Annual report on the Civil Veterinary Department, Burma (including the Insein Veterinary School) - 1932-1941
Year: 1932
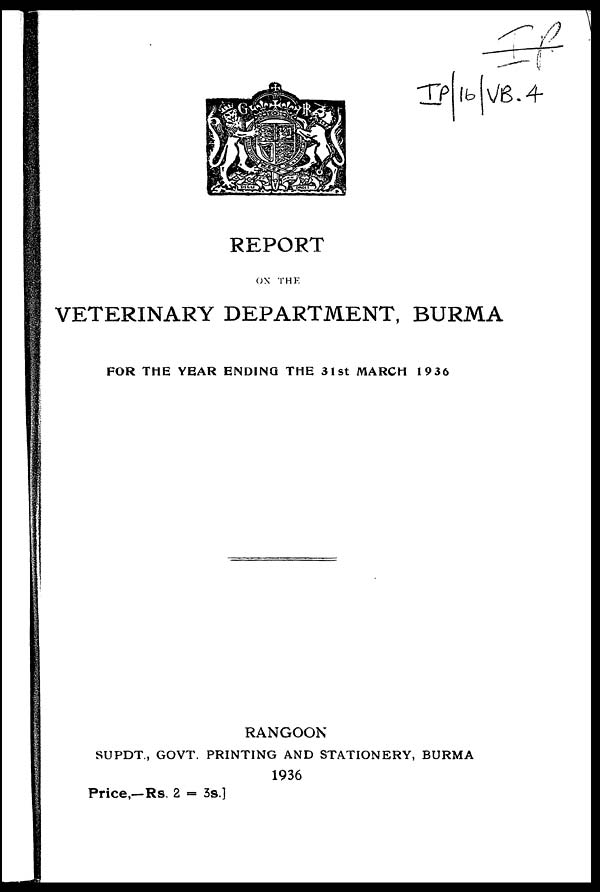
REPORT
ON THE
VETERINARY DEPARTMENT, BURMA
FOR THE YEAR ENDING THE 31st MARCH 1936
RANGOON
SUPDT., GOVT. PRINTING AND STATIONERY, BURMA
1936
Price,—Rs. 2 = 3s.]